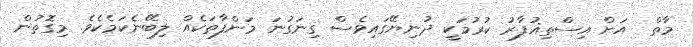
މާތް  އަށް އިސްތިޣުފާރު ކުރުމަކީ ދުނިޔޭގައިވެސް ގިނަގުނަ މަންފާތަކެއް ލިބޭނެކަމެކެވެ. މިގޮތުން